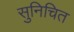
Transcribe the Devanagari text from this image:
सुनिचित